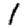
Digit: 1